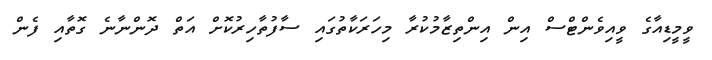
ވީމީޑިއާގެ ވީއިވެންޓްސް އިން އިންތިޒާމުކުރާ މިހަރަކާތުގައި ސާފުތާހިރުކޮށް އަތް ދޮންނާނެ ގޮތާއި ފެން